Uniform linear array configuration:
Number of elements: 8
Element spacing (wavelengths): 0.75
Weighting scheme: hann
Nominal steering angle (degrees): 60
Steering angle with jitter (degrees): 58.707
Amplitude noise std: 0.05
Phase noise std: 0.05

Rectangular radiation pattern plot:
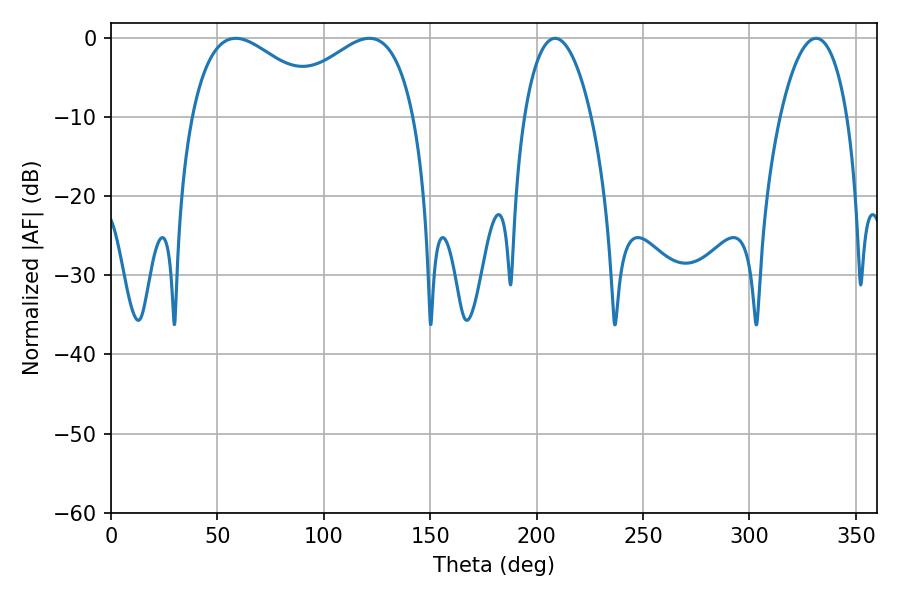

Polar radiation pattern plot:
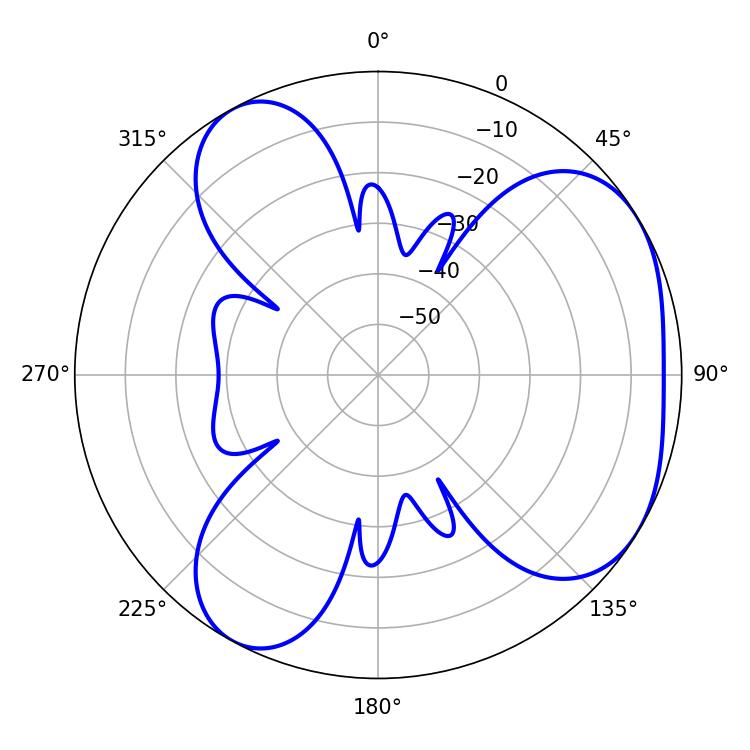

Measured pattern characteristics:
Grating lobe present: TRUE
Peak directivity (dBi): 4.395
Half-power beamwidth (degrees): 35.46
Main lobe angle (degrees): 58.68